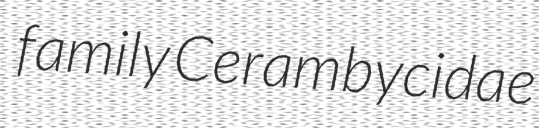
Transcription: family Cerambycidae